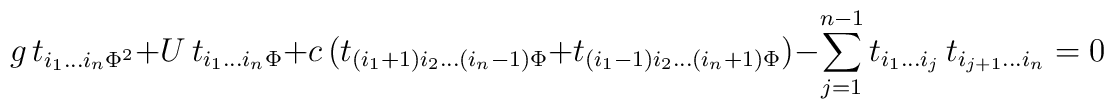
g \, t_{i_1 \ldots i_n \Phi^2}+U \, t_{i_1 \ldots i_n \Phi} +c\, (t_{(i_1+1) i_2 \ldots (i_n-1) \Phi} + t_{(i_1-1) i_2 \ldots (i_n+1) \Phi})- \sum_{j=1}^{n-1} t_{i_1 \ldots i_j} \, t_{i_{j+1} \ldots i_n} =0